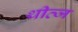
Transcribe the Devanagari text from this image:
थीव्ज